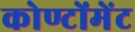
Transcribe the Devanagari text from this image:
कोण्टोंमेंट